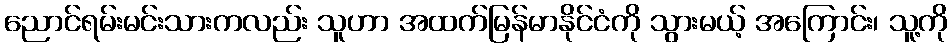
ညောင်ရမ်းမင်းသားကလည်း သူဟာ အထက်မြန်မာနိုင်ငံကို သွားမယ့် အကြောင်း၊ သူ့ကို